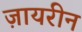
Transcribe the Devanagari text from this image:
ज़ायरीन